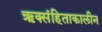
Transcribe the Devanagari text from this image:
ऋक्संहिताकालीन